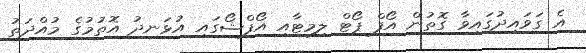
އެ ގަވައިދުގައިވާ ގޮތުން އޯފް ޕޯޓް ލިމިޓާއި އޯފްޝޯގައި އުޅަނދު އޮތުމުގެ މުއްދަތު